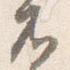
兀